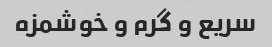
سریع و گرم و خوشمزه